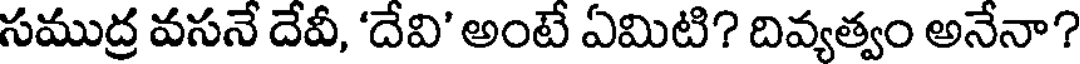
సముద్ర వసనే దేవీ, 'దేవి' అంటే ఏమిటి? దివ్యత్వం అనేనా?